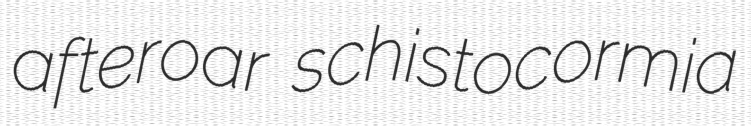
afteroar schistocormia